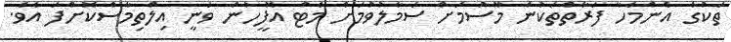
ތަކުގެ އެންމެހާ ފަރާތްތަކުން މޫސުމަށް ސަމާލުވުމަށް މެޓް އޮފީހުން ވަނީ އިލްތިމާސްކޮށްފަ އެވެ.